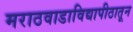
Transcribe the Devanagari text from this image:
मराठवाडाविद्यापीठातून